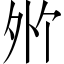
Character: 𪤸